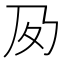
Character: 𡕔